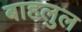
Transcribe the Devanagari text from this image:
बाहलुल